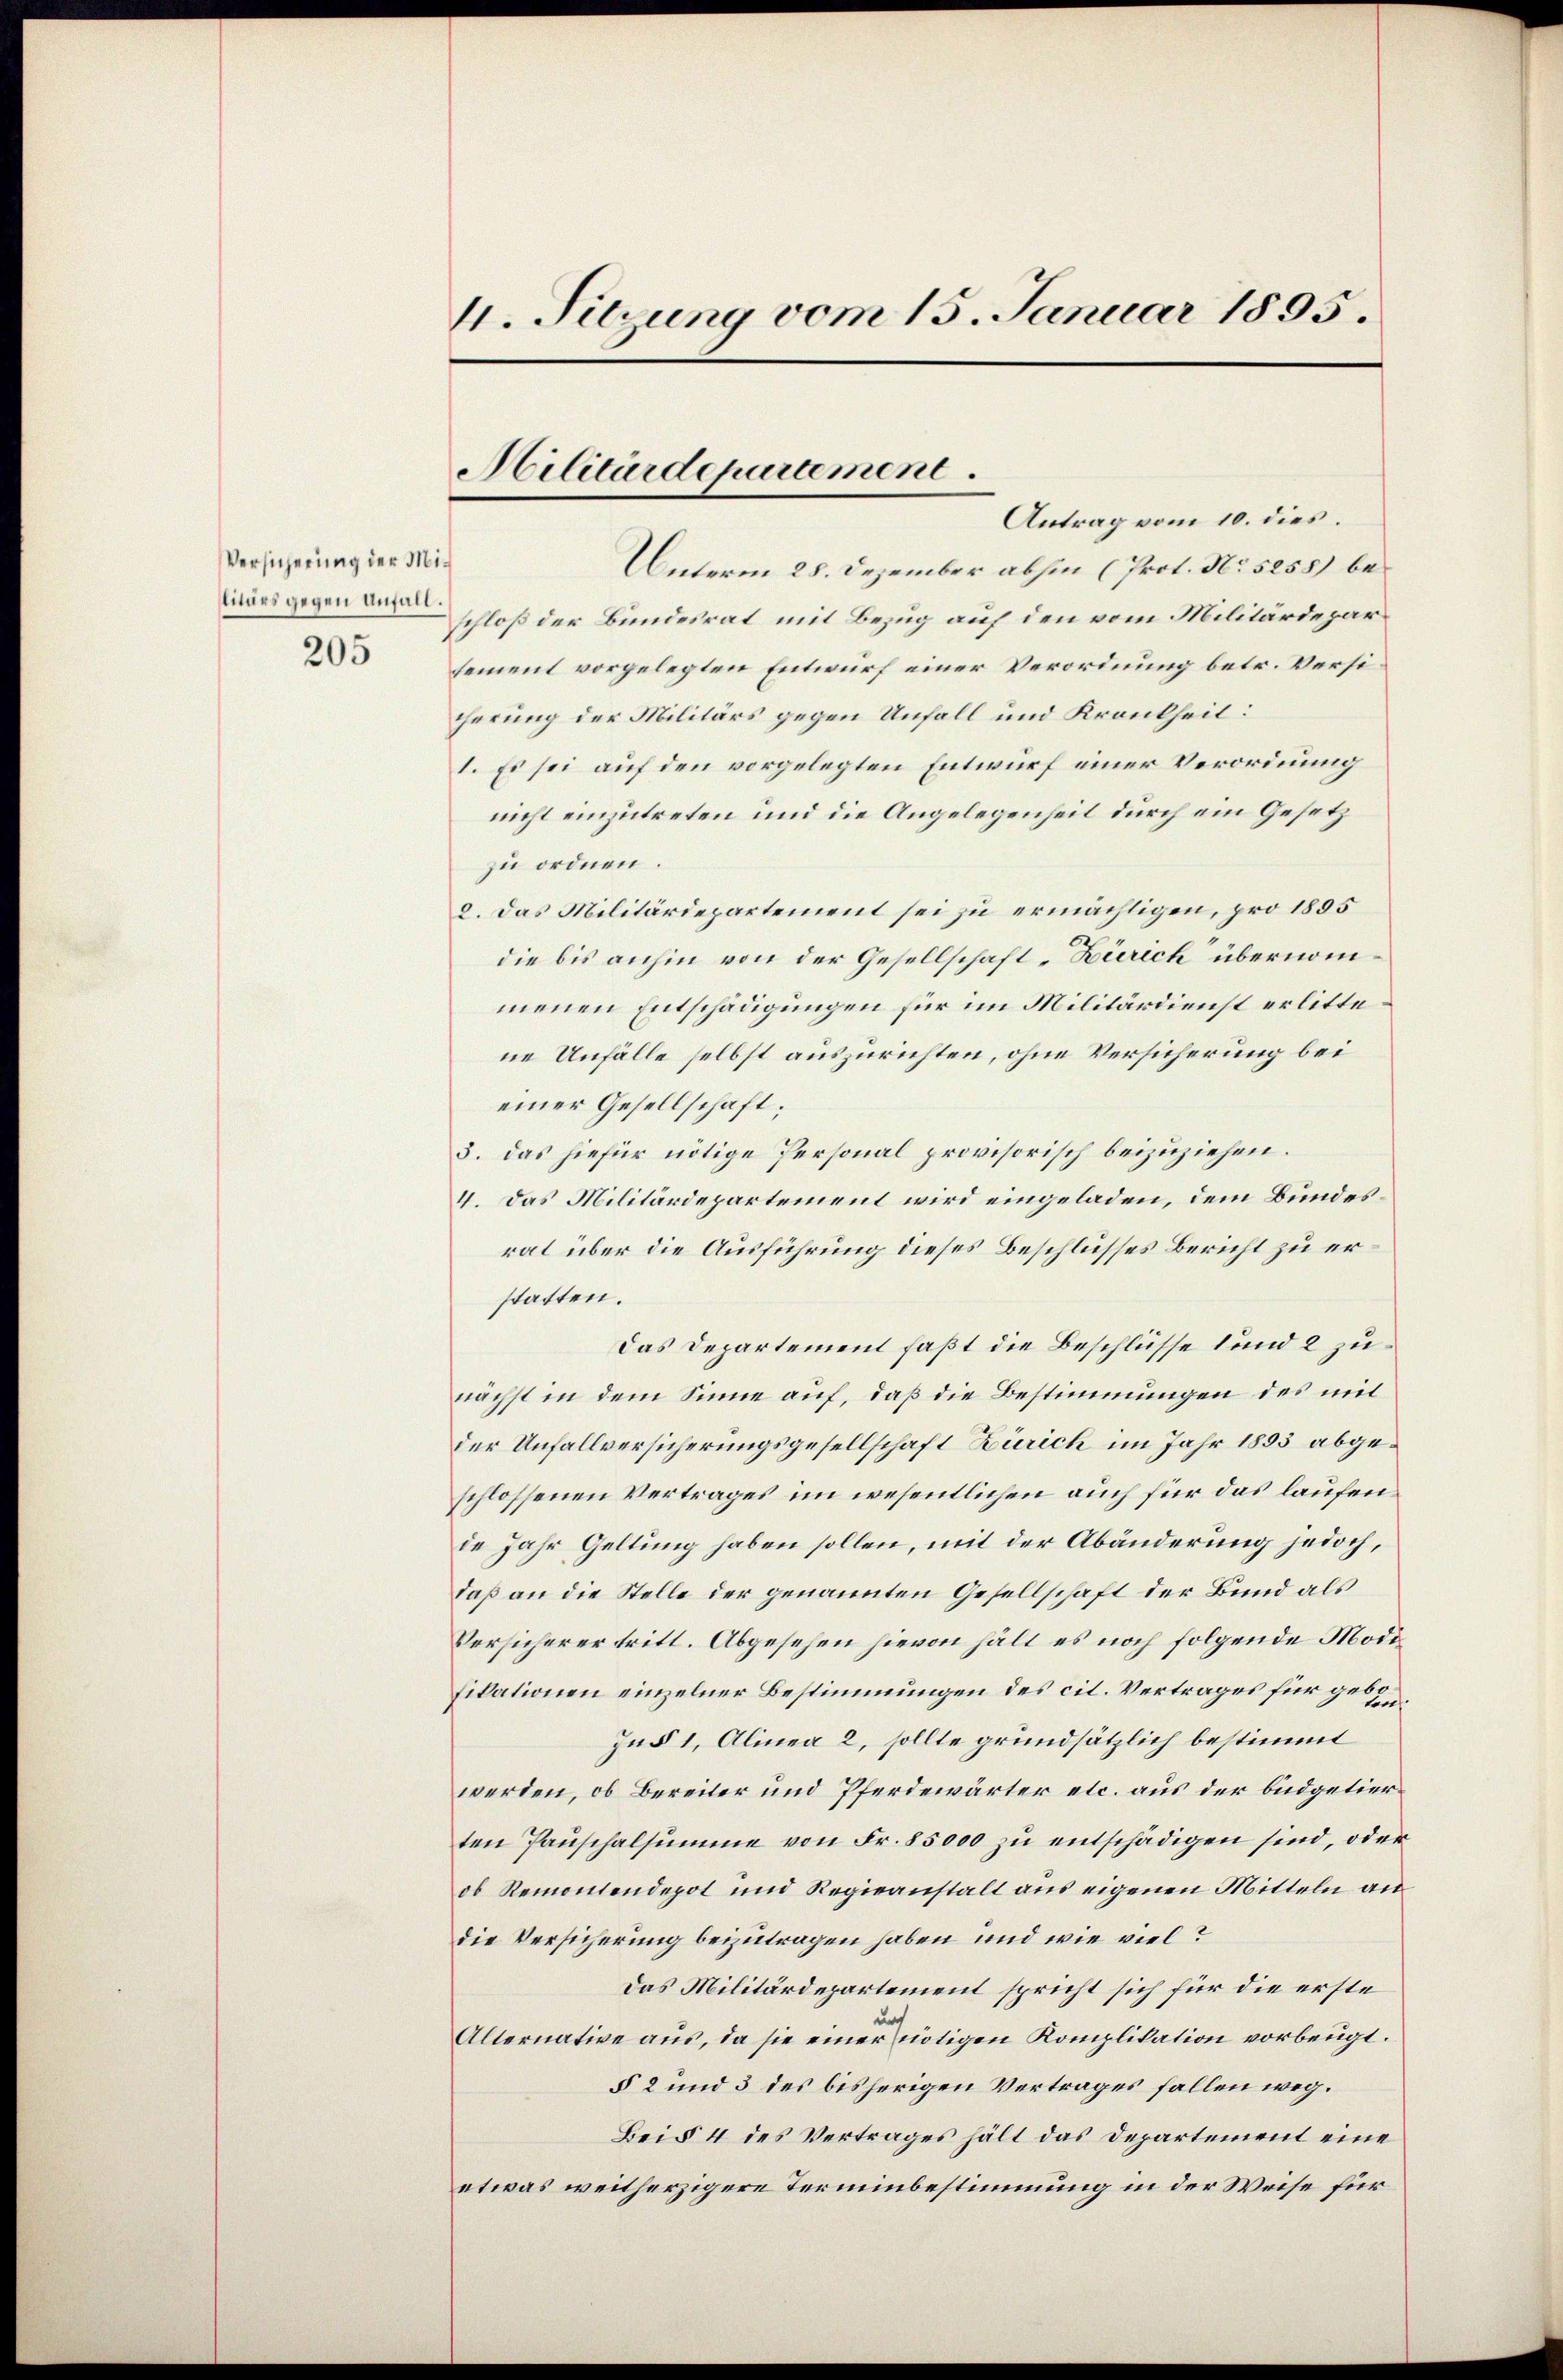
Versicherung der Mi
tinues gegen Anfall
205

4. Sitzung vom 15. Januar 1895.

Militärdepartement.
Antrag vom 10. dies.

i
Unterm 28. Dezember abhin (Prof. No 5258) beschloß der Bundesrat mit Bezug auf den vom Militärdeparsement vorgelegten Entwurf einer Verordnung betr. Versiherung der Militärs gegen Unfall und Krankheit:
1. Es sei auf den vorgelegten Entwurf einer Verordnung
nicht einzutreten und die Angelegenheit durch ein Gesetz
zu ordnen.
2. Das Militärdepartement sei zu ermächtigen, pro 1855
die bis anhin von der Gesellschaft Zürich übernommenen Entschädigungen für im Militärdienst erlitte.
ne Unfälle selbst auszurichten, ohne Versicherung bei
einer Gesellschaft;
3. das hiefür nötige Personal provisorisch beizuziehen.
V. Das Militärdepartement wird eingeladen, dem Bundesrat über die Ausführung dieses Beschlusses Bericht zu erstatten.
Das Departement faßt die Beschlüsse und 2 zu
nächst in dem Sinne auf, daß die Bestimmungen des mit
der Unfallversicherungsgesellschaft Zürich im Jahr 1853 abgeschlossenen Vertrages im wesentlichen auch für das laufende Jahr Geltung haben sollen, mit der Abänderung jedoch,
daß an die Stelle der genannten Gesellschaft der Bund als
Versicherer tritt. Abgesehen hievon hält es noch folgende Modi
fikationen einzelner Bestimmungen des cit. Vertrages für gege¬
In § 1, Alinea 2, sollte grundsätzlich bestimmt
werden, ob Bereiter und Pferdewärter etc. aus der büdgetierten Pauschalsumme von Fr. 85000 zu entschädigen sind, oder
ob Remontendepot und Regieanstalt aus eigenen Mitteln an
die Versicherung beizutragen haben und wie viel?
das Militärdepartement spricht sich für die erste
un
Alternative aus, da sie einer nötigen Komplikation vorbeugt.
§ 2 und 3 des bisherigen Vertrages fallen weg.
Bei § 4 des Vertrages hält das Departement eine
etwas weitherzigere Terminbestimmung in der Weise für